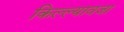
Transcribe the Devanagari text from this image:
किल्ल्यावजा